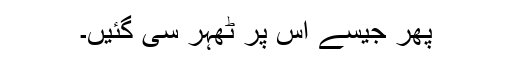
پھر جیسے اس پر ٹھہر سی گئیں۔